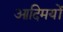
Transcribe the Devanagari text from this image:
आदिमयों